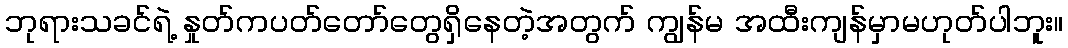
ဘုရားသခင်ရဲ့ နှုတ်ကပတ်တော်တွေရှိနေတဲ့အတွက် ကျွန်မ အထီးကျန်မှာမဟုတ်ပါဘူး။